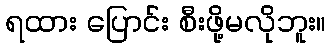
ရထား ပြောင်း စီးဖို့မလိုဘူး။